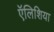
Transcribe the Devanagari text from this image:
ऍलिशिया